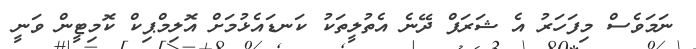
ނަމަވެސް މިފަހަރު އެ ޝަރަފް ދޭނެ އެތުލީތަކު ކަނޑައެޅުމަށް އޮލިމްޕިކް ކޮމިޓީން ވަނީ